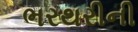
ભરથરીની